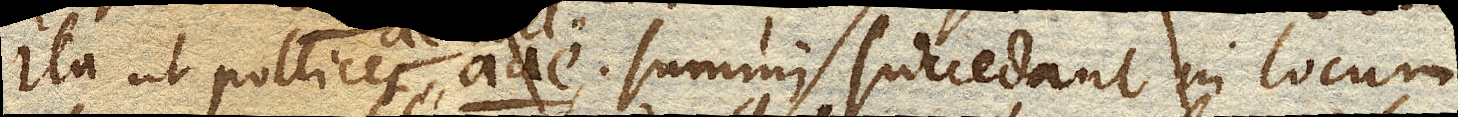
ita ut pollices aa e summi succedant in locum